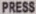
PRESS